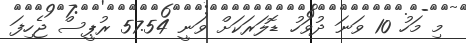
މި މަހު 10 ވަނަ ދުވަހު ޑޮލަރަކަށް ވަނީ 57.54 ރުޕީސް ޖެހިފަ